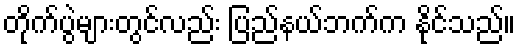
တိုက်ပွဲများတွင်လည်း ပြည်နယ်ဘက်က နိုင်သည်။